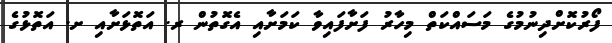
ފޯރުކޮށްދިނުމުގެ މަސައްކަތް މިހާރު ފަށާފައިވާ ކަމަށާއި އެގޮތުން ރ. އަތޮޅަށާއި ށ. އަތޮޅުގެ